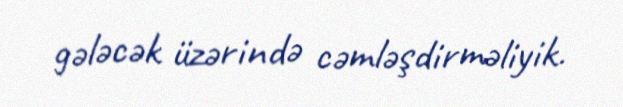
gələcək üzərində cəmləşdirməliyik.